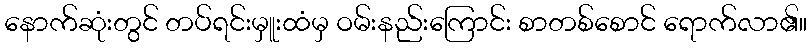
နောက်ဆုံးတွင် တပ်ရင်းမှူးထံမှ ဝမ်းနည်းကြောင်း စာတစ်စောင် ရောက်လာ၏။